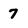
Character: 7